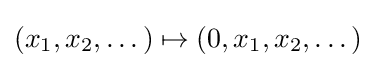
(x_{1},x_{2},\dots )\mapsto (0,x_{1},x_{2},\dots )